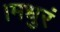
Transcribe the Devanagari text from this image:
।मधुरं